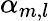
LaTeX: \alpha_{m,l}